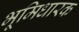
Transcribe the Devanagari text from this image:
भूमिधारक